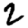
Digit: 2